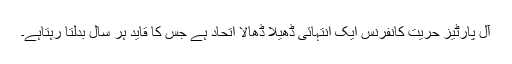
آل پارٹیز حریت کانفرنس ایک انتہائی ڈھیلا ڈھالا اتحاد ہے جس کا قاید ہر سال بدلتا رہتاہے۔